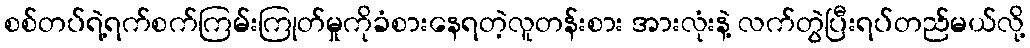
စစ်တပ်ရဲ့ရက်စက်ကြမ်းကြုတ်မှုကိုခံစားနေရတဲ့လူတန်းစား အားလုံးနဲ့ လက်တွဲပြီးရပ်တည်မယ်လို့